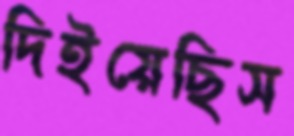
দিইয়েছিস